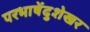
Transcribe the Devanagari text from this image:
परभाषेंदुशेखर